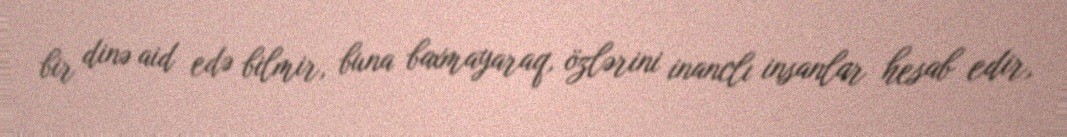
bir dinə aid edə bilmir, buna baxmayaraq, özlərini inanclı insanlar hesab edir,